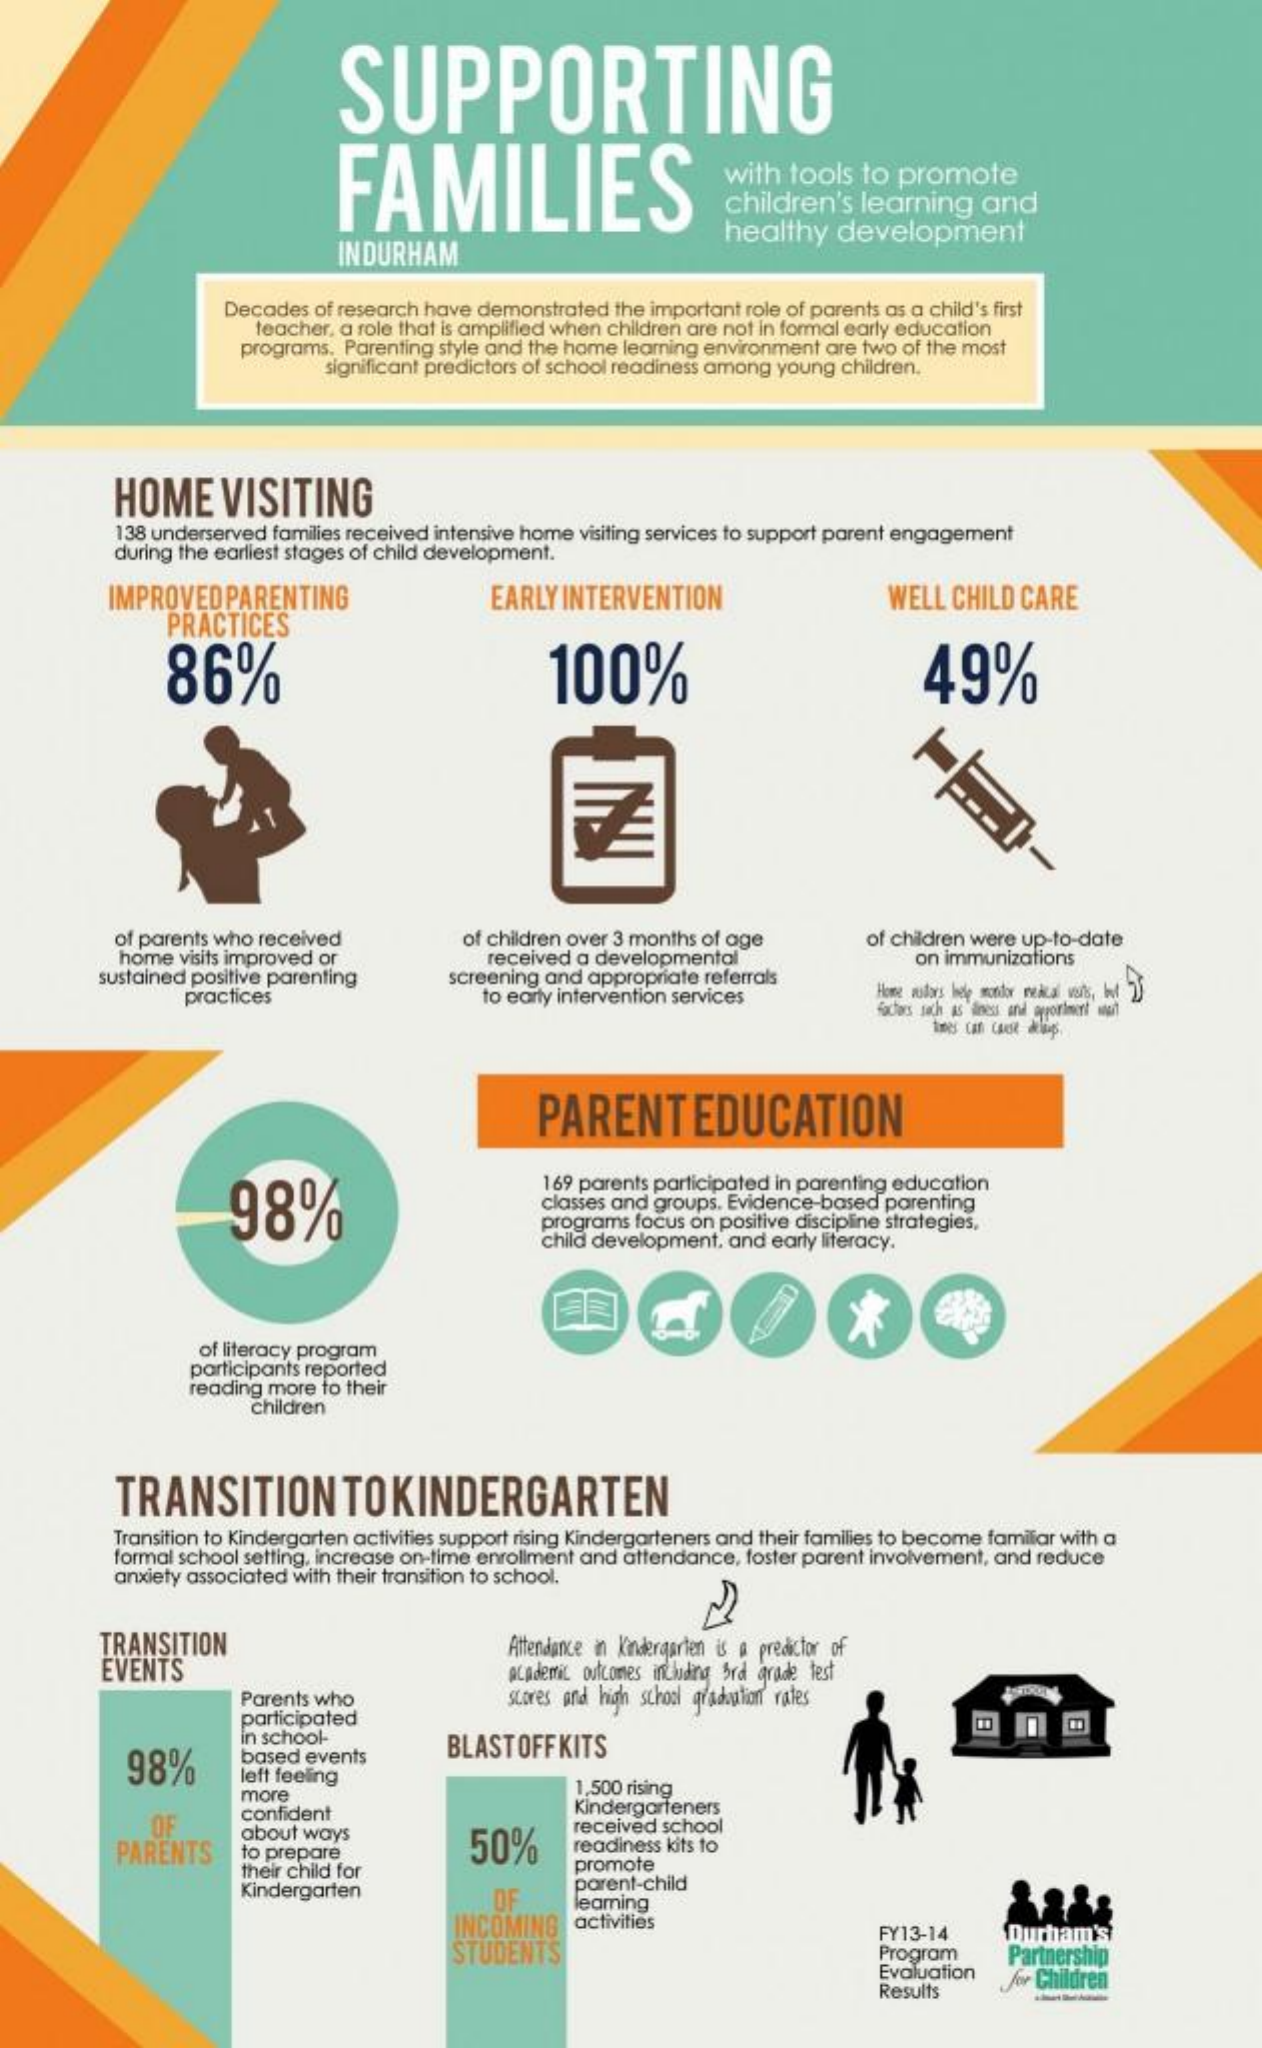
SUPPORTING
     FAMILIES    with  tools  to  promote
     children's   learning    and
     INDURHAM
     healthy    development
     Decades of research have demonstrated the important role of parents as a child's first
     teacher, a role that is amplified when children are not in formal early education
     programs. Parenting style and the home learning environment are two of the most
     significant predictors of school readiness among young children.
     HOME    VISITING
     138 underserved families received intensive home visiting services to support parent engagement
     during the earliest stages of child development.
     IMPROVEDPARENTING
     PRACTICES
     EARLY  INTERVENTION    WELL  CHILD  CARE
     86%    100%    49%
     of parents who received    of children over 3 months of age    of children were up-to-date
     home  visits improved or
     sustained positive parenting
     received a developmental
     screening and appropriate referrals
     on immunizations
     practices    to early intervention services
     Sachars jach as iness and gyorimcet wait
     PARENT    EDUCATION
     98%
     169 parents participated in parenting education
     classes and groups. Evidence-based parenting
     programs focus on positive discipline strategies,
     child development, and early literacy.
     of literacy program
     participants reported
     reading more to their
     children
     TRANSITION    TOKINDERGARTEN
     Transition to Kindergarten activities support rising Kindergarteners and their families to become familiar with a
     formal school setting, increase on-time enrollment and attendance, foster parent involvement, and reduce
     anxiety associated with their transition to school.
     TRANSITION
     EVENTS
     Attendance in Kindergarten is a predictor of
     academic outcomes including brd grade test
     Parents who    stores and high school graduation rates
     participated
     98%
     in school-
     based events    BLASTOFFKITS
     left feeling
     more    1,500 rising
     OF    confident    Kindergarteners
     PARENTS
     about ways    50%
     received school
     to prepare    readiness kits to
     their child for    promote
     Kindergarten    OF
     parent-child
     INCOMING
     leaming
     activities
     STUDENTS
     FY13-14    Durham's
     Program    Partnership
     Evaluation
     Results
     for Children